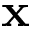
\mathbf { x }